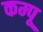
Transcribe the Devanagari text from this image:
कम्पू